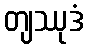
တျဿုဒံ